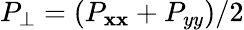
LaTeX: P_{\perp}=(P_{\mathbf{x}\mathbf{x}}+P_{yy})/2